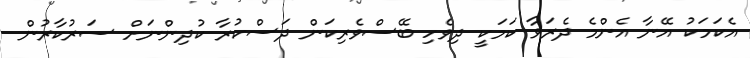
އެކަމަކު އޭނާ އެންމެ ދެރަވާ ކަމަކީ ދިވެހި ބޭސްވެރިކަން ދަސްކުރާ ކުދިންނަށް ސަރުކާރުން